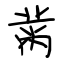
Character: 黹